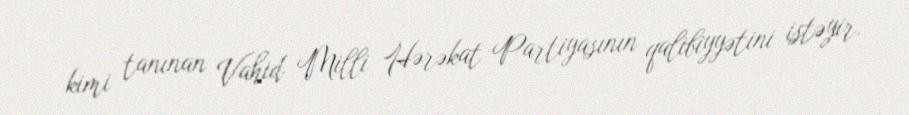
kimi tanınan Vahid Milli Hərəkat Partiyasının qalibiyyətini istəyir.